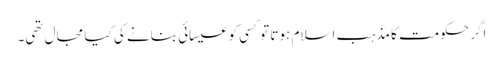
اگر حکومت کا مذہب اسلام ہوتا تو کسی کو عیسائی بنانے کی کیا مجال تھی۔